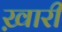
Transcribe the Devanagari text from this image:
ख़ारी